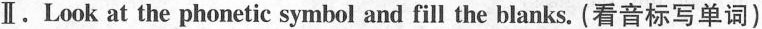
Ⅱ.Look at the phonetic symbol and fill the blanks. (看音标写单词)